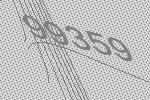
99359